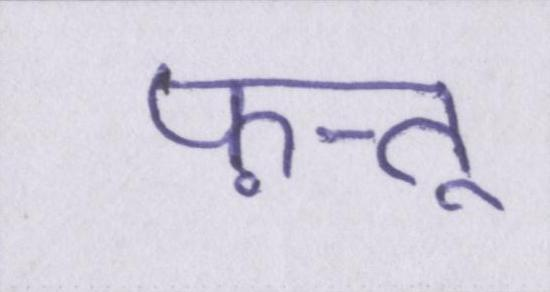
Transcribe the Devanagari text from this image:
फ़त्तू